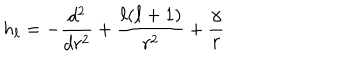
h _ { \ell } = - \frac { d ^ { 2 } } { d r ^ { 2 } } + \frac { \ell ( \ell + 1 ) } { r ^ { 2 } } + \frac { \gamma } { r }